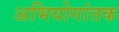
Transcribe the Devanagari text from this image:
अभियोगांतक